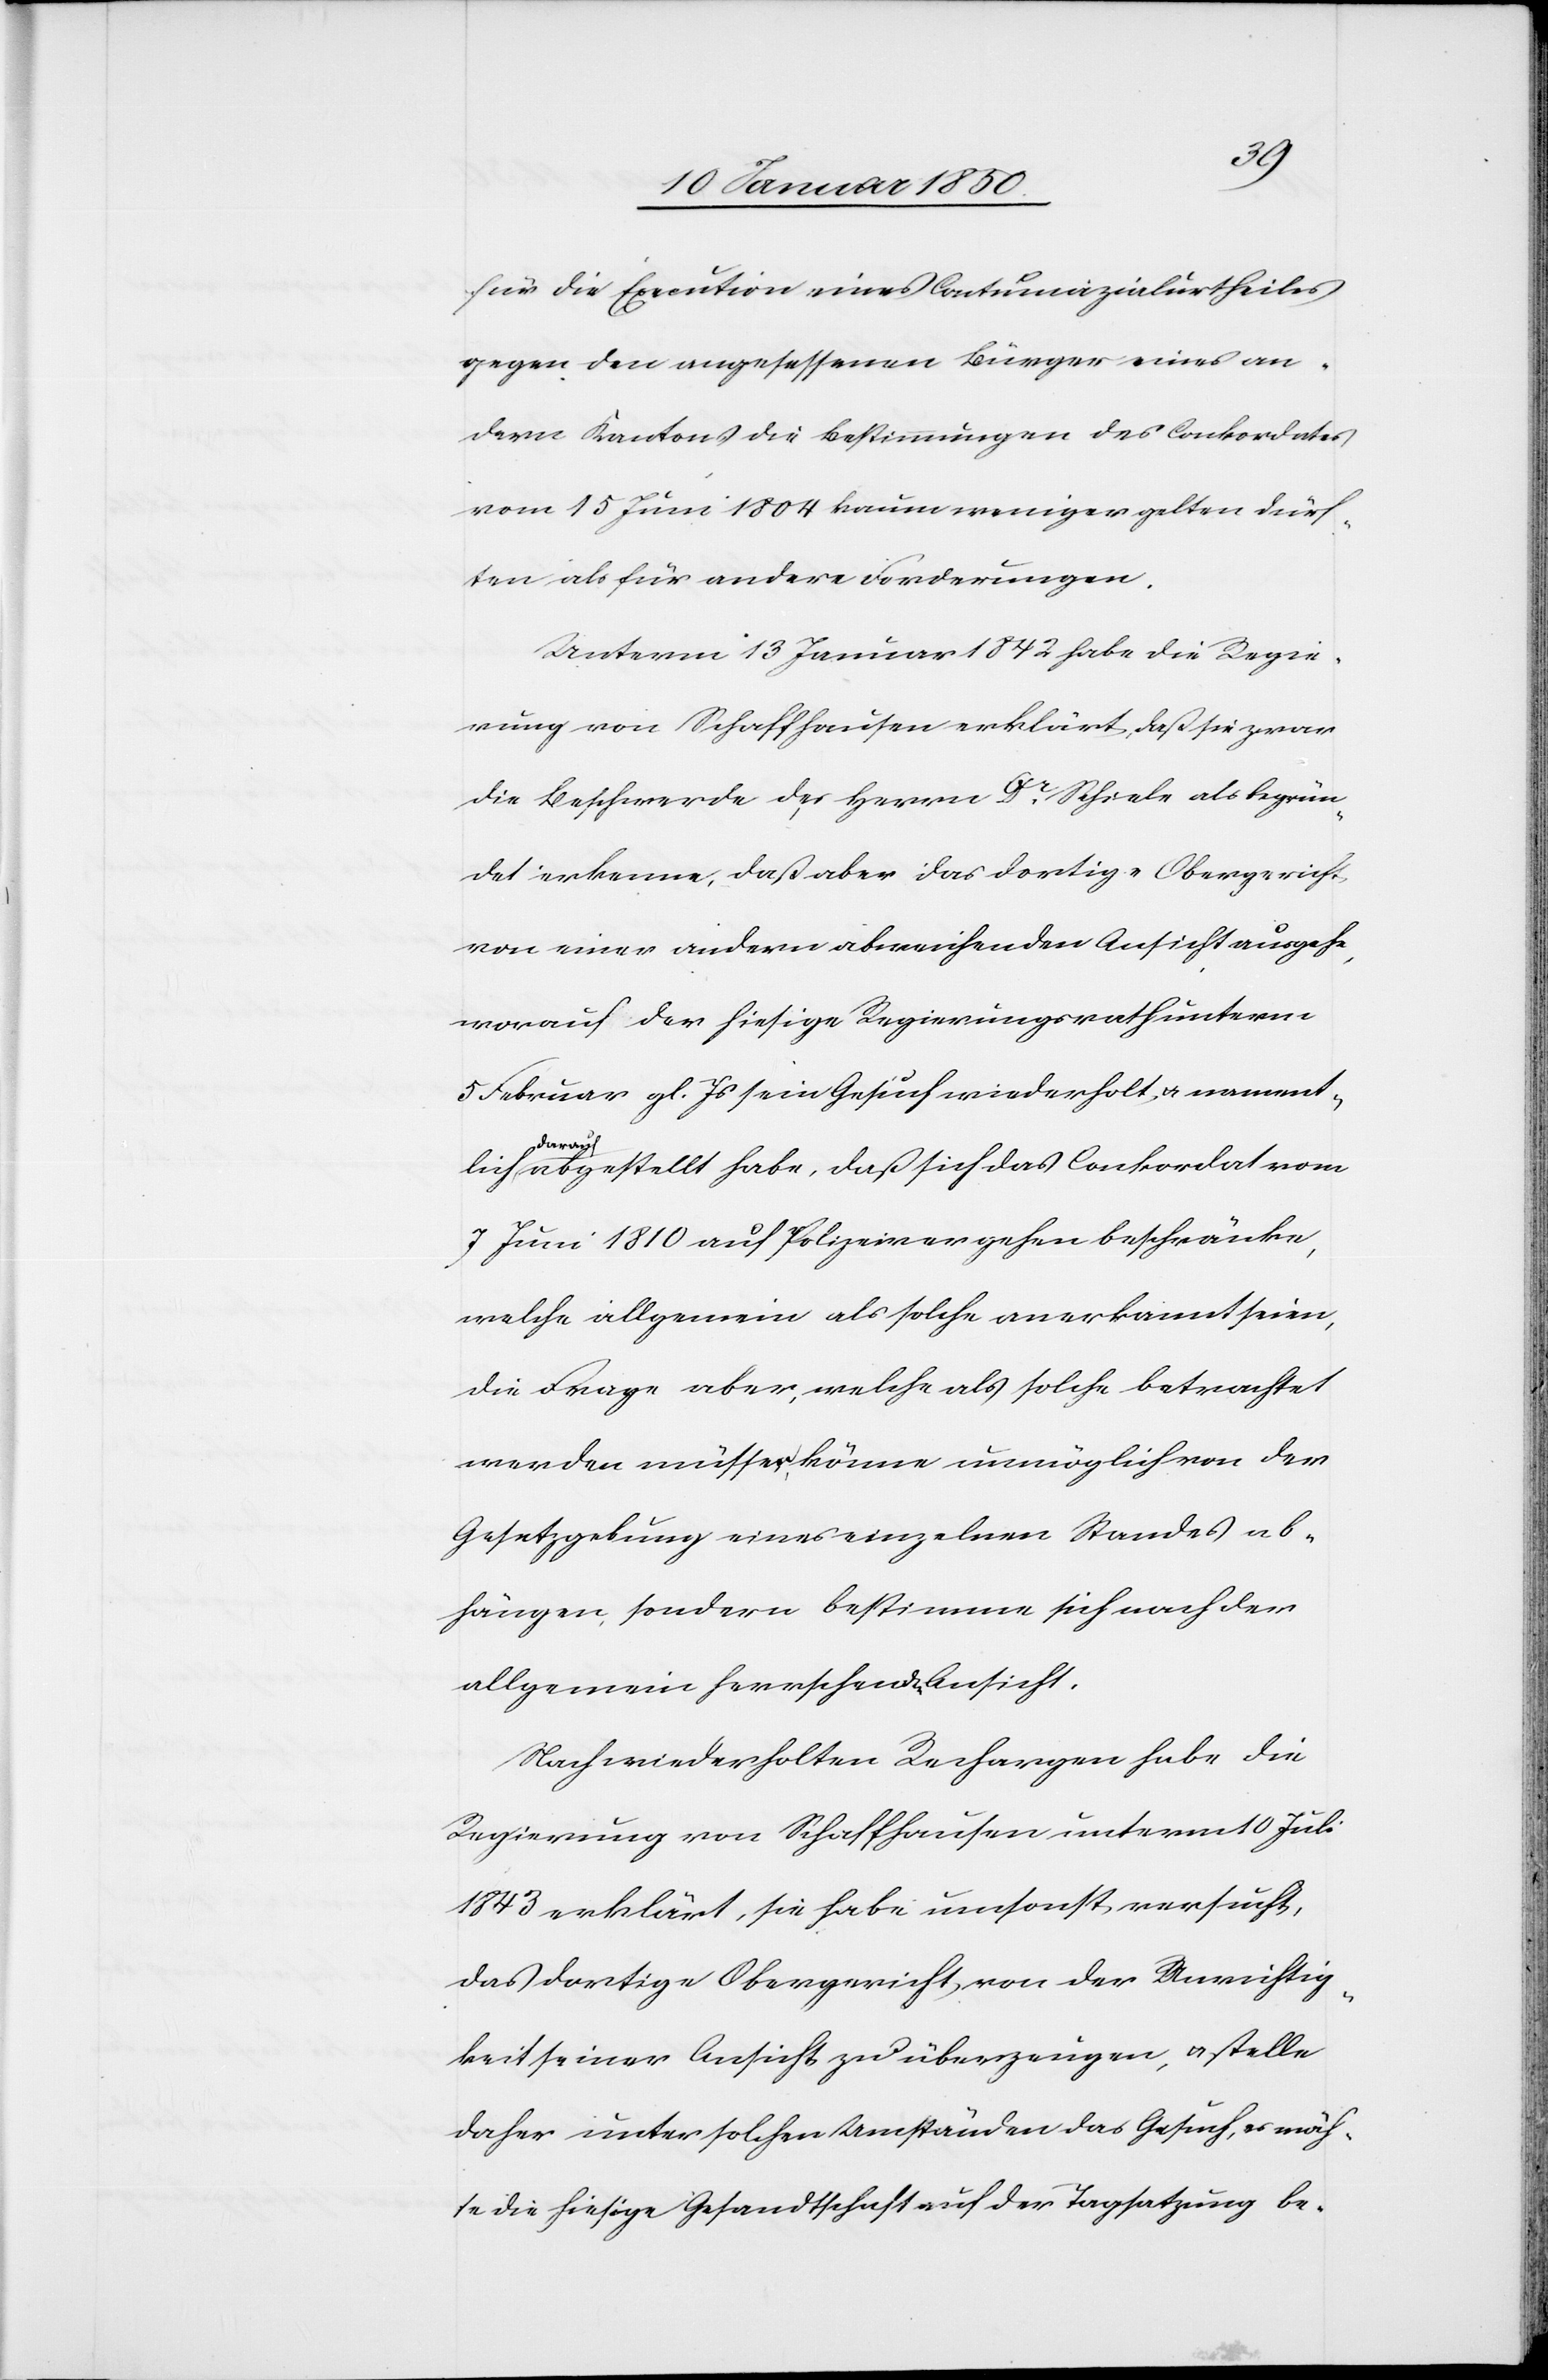
für die Execution eines Contumazialurtheiles
gegen den angesessenen Bürger eines an¬
dern Kantons die Bestimmungen des Conkordates
vom 15 Juni 1804 kaum weniger gelten dürf¬
ten als für andere Forderungen.
Unterm 13 Januar 1842 habe die Regie¬
rung von Schaffhausen erklärt, daß sie zwar
die Beschwerde der Herrn Dr Schiele als begrün¬
det erkenne, daß aber das dortige Obergericht
von einer andern abweichenden Ansicht ausgehe,
worauf der hiesige Regierungsrath unterm
5 Februar gl. Js sein Gesuch wiederholt, u. nament¬
lich darauf abgestellt habe, daß sich das Conkordat vom
7 Juni 1810 auf Polizeivergehen beschränke,
welche allgemein als solche anerkannt seien,
die Frage aber, welche als solche betrachtet
werden müssen, könne unmöglich von der
Gesetzgebung eines einzelnen Standes ab¬
hängen, sondern bestimme sich nach der
allgemein herrschenden Ansicht.
Nach wiederholten Rechargen habe die
Regierung von Schaffhausen unterm 10 Juli
1843 erklärt, sie habe umsonst versucht,
das dortige Obergericht von der Unrichtig¬
keit seiner Ansicht zu überzeugen, u. stelle
daher unter solchen Umständen das Gesuch, es möch¬
te die hiesige Gesandtschaft auf der Tagsatzung be-